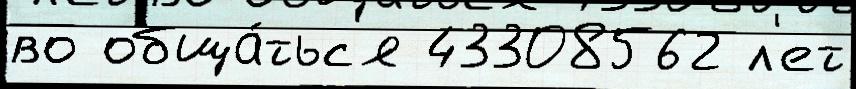
во обща́тьс'я 43308562 л'ет